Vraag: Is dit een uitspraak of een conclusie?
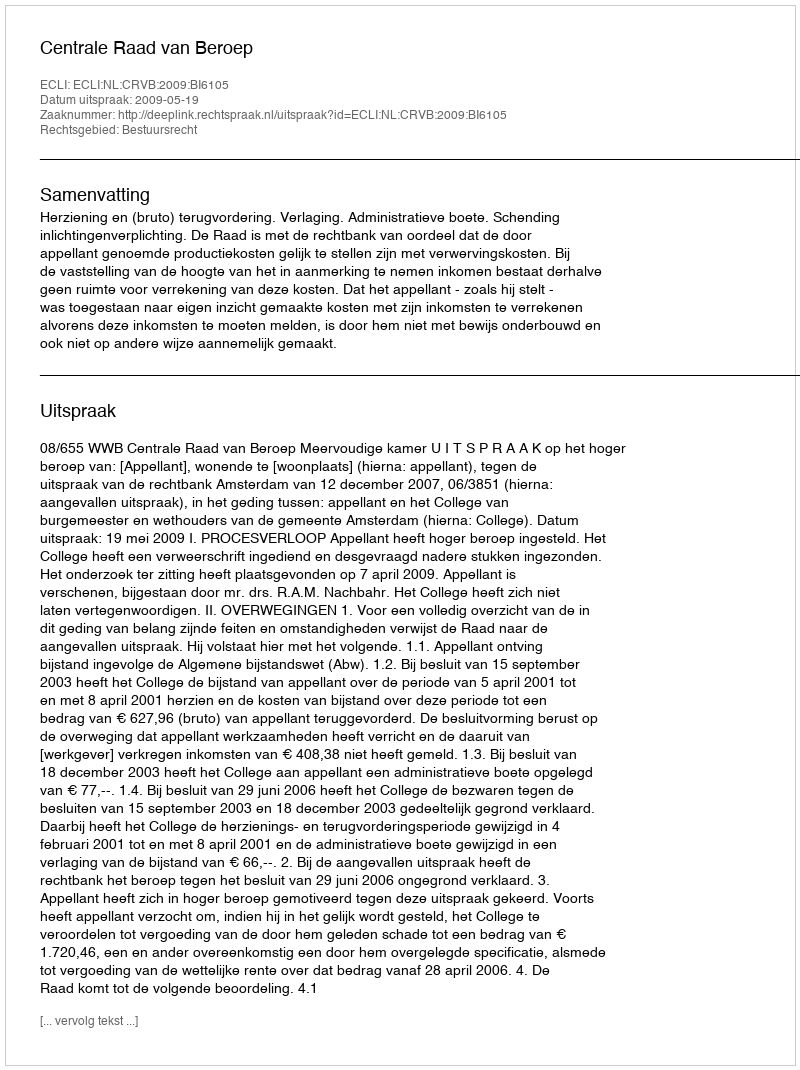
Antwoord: Uitspraak